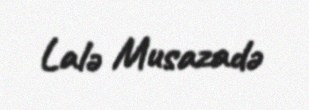
Lalə Musazadə